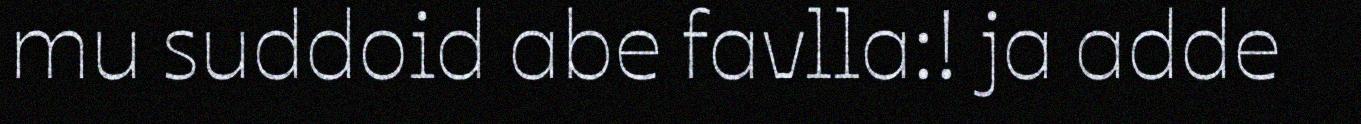
mu suddoid abe favlla:! ja adde